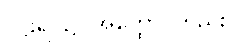
ပါဠိရပ်၌။ အတ္ထော၊ တည်း။